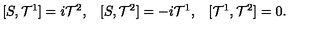
\begin{array} { l l l } { [ S , { \cal T } ^ { 1 } ] = i { \cal T } ^ { 2 } , } & { [ S , { \cal T } ^ { 2 } ] = - i { \cal T } ^ { 1 } , } & { [ { \cal T } ^ { 1 } , { \cal T } ^ { 2 } ] = 0 . } \\ \end{array}